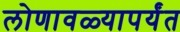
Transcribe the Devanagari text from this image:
लोणावळ्यापर्यंत